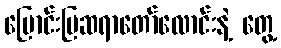
မြောင်းမြဆရာတော်လောင်းနဲ့ တွေ့